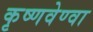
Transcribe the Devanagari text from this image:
कृष्णवेण्वा